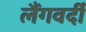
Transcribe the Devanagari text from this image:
लैंगवर्दी